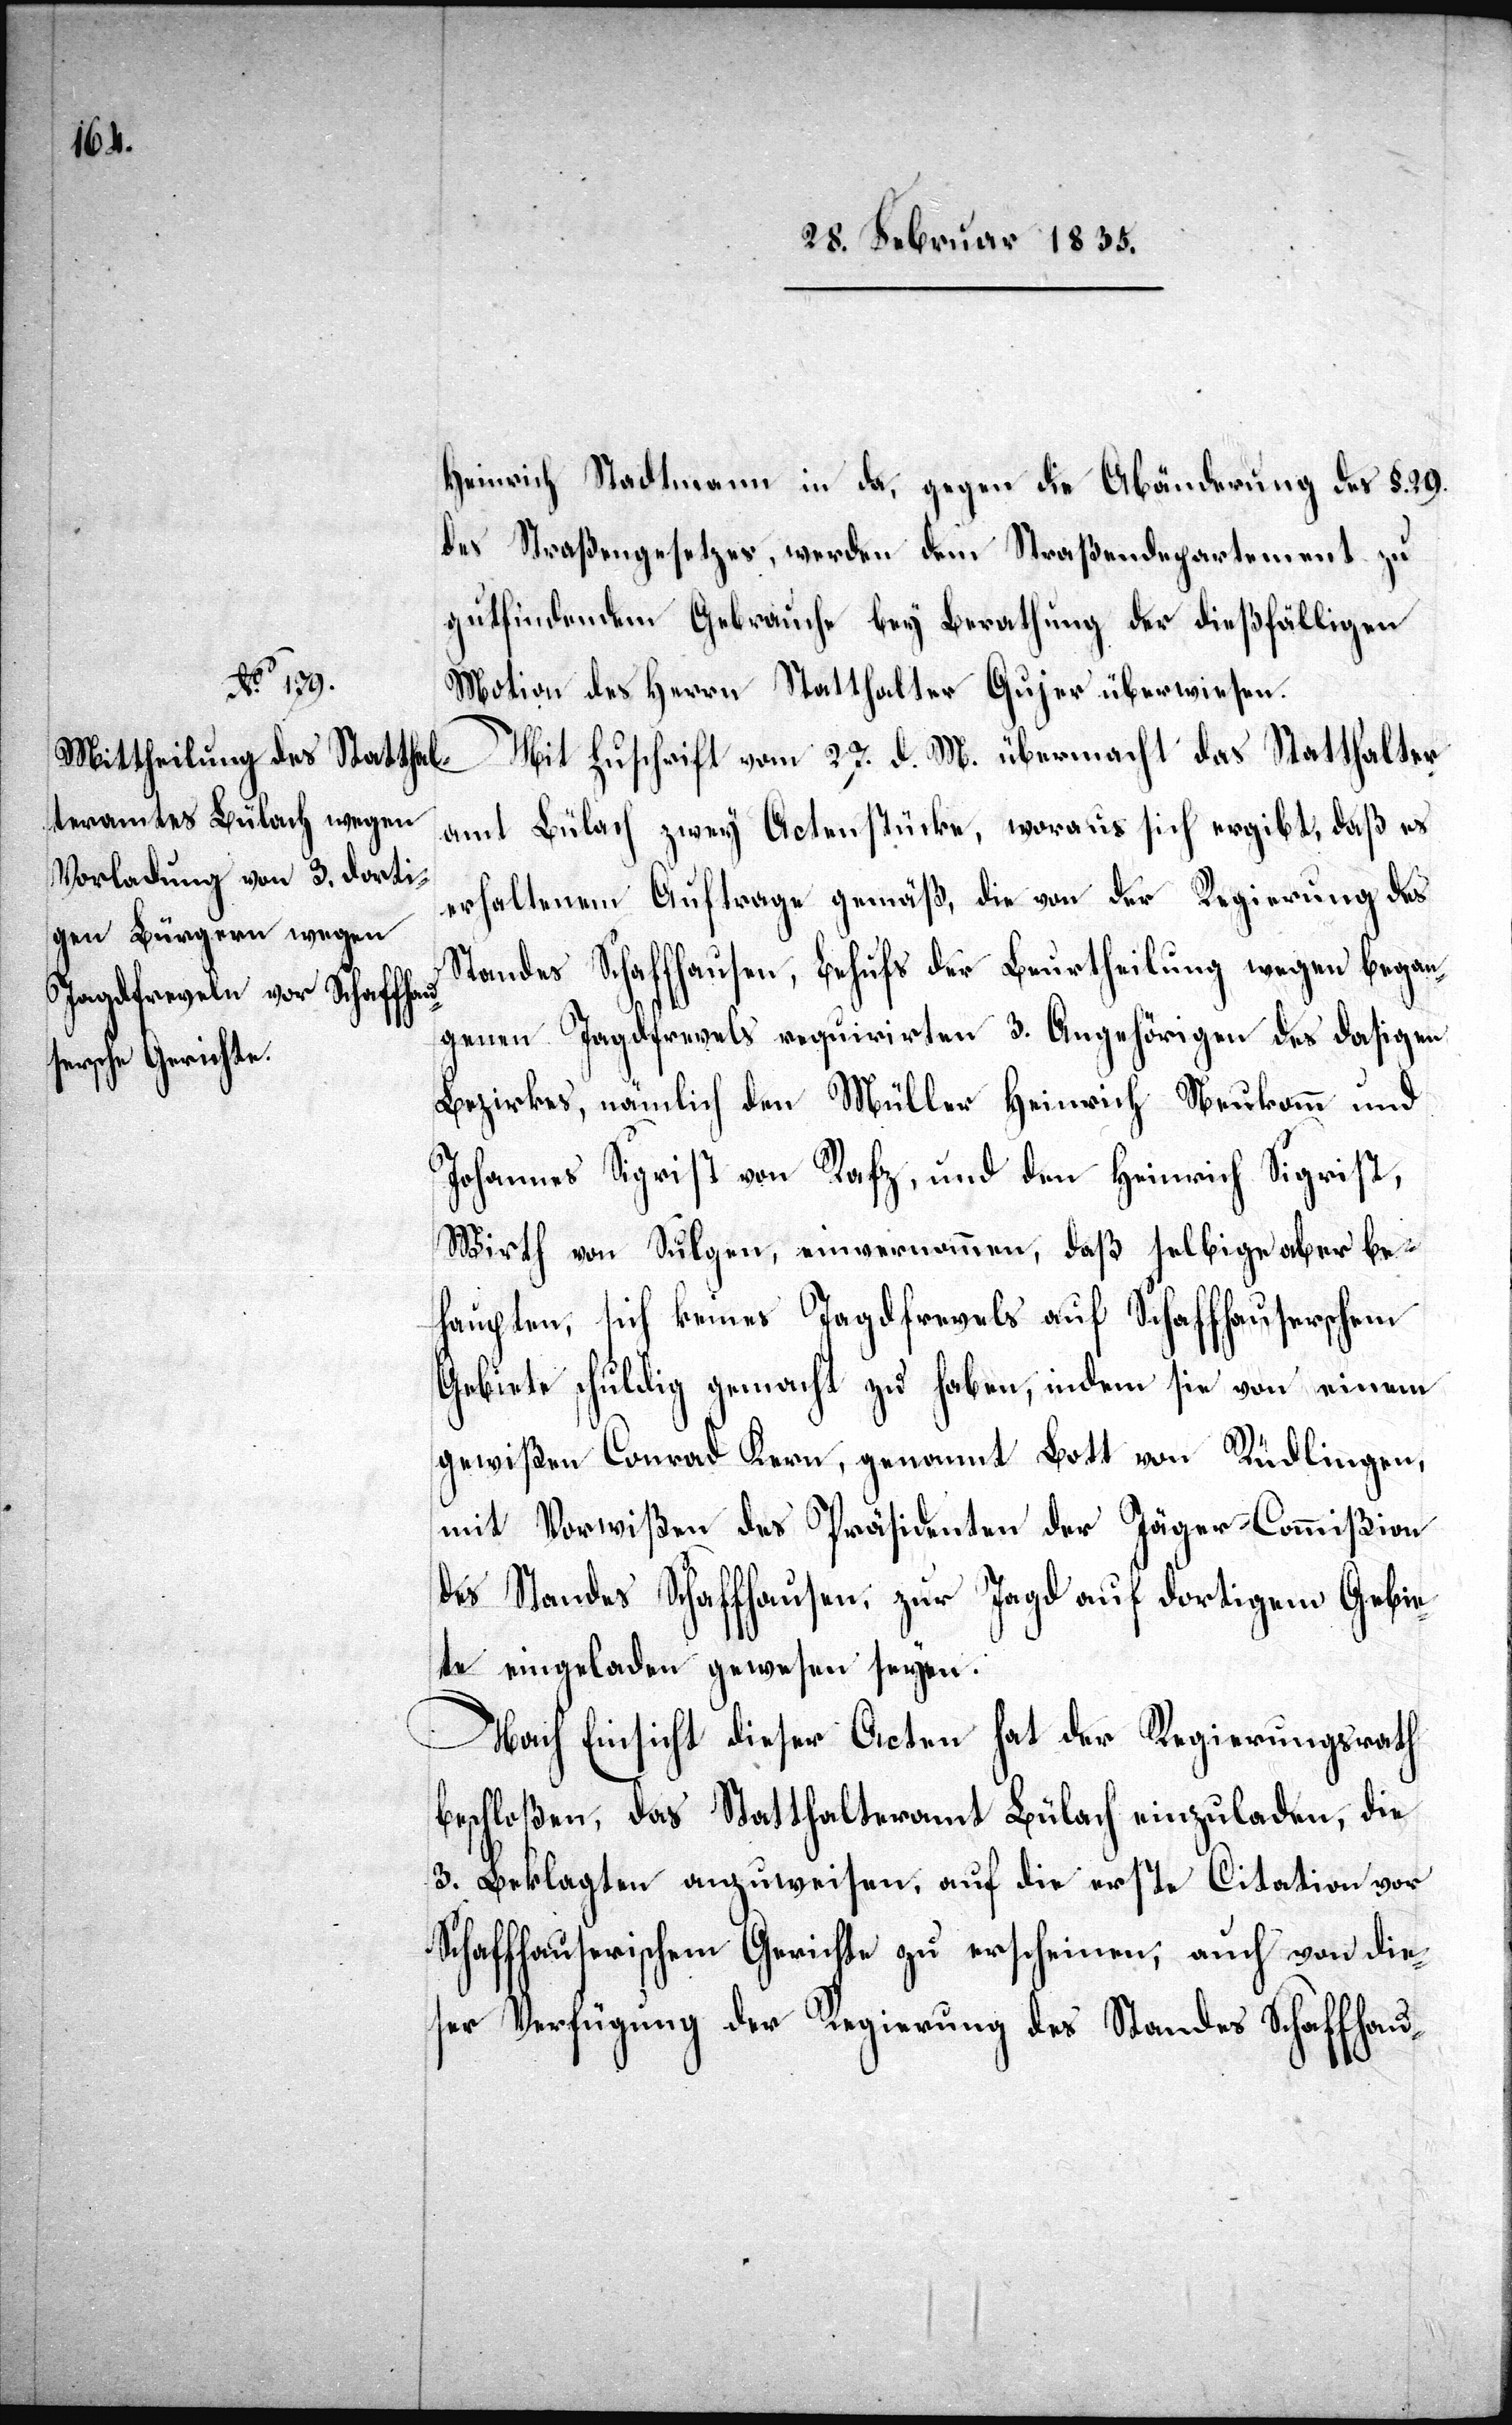
Heinrich Stadtmann in da, gegen die Abänderung des §. 29.
des Straßengesetzes, werden dem Straßendepartement zu
gutfindendem Gebrauche bey Berathung der dießfälligen
Motion des Herrn Statthalter Gujer überwiesen.
Mit Zuschrift vom 27. d. M. übermacht das Statthalter¬
amt Bülach zwey Actenstücke, woraus sich ergibt, daß es
erhaltenem Auftrage gemäß, die von der Regierung des
Standes Schaffhausen, Behufs der Beurtheilung wegen began¬
genen Jagdfrevels requirirten 3. Angehörigen des dasigen
Bezirkes, nämlich den Müller Heinrich Neukomm und
Johannes Sigrist von Rafz, und den Heinrich Sigrist,
Wirth von Sulgen, einvernommen, daß selbige aber be¬
haupten, sich keines Jagdfrevels auf Schaffhauserschem
Gebiete schuldig gemacht zu haben, indem sie von einem
gewißen Conrad Kern, genannt Bott von Rüdlingen,
mit Vorwißen des Präsidenten der Jäger-Commißion
des Standes Schaffhausen, zur Jagd auf dortigem Gebie¬
te eingeladen gewesen seyen.
Nach Einsicht dieser Acten hat der Regierungsrath
beschloßen, das Statthalteramt Bülach einzuladen, die
3. Beklagten anzuweisen, auf die erste Citation vor
Schaffhauserischem Gerichte zu erscheinen, auch von die¬
ser Verfügung der Regierung des Standes Schaffhau-